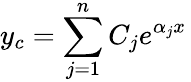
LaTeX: y_{c}=\sum_{j=1}^{n}C_{j}e^{\alpha_{j}x}\,